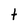
Character: t